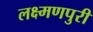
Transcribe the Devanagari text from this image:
लक्ष्मणपुरी